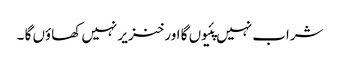
شراب نہیں پئیوں گا اور خنزیر نہیں کھاؤں گا ۔